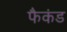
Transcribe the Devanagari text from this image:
फैकंड